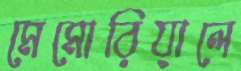
মেমোরিয়ালে